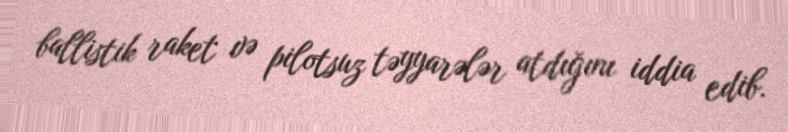
ballistik raket və pilotsuz təyyarələr atdığını iddia edib.